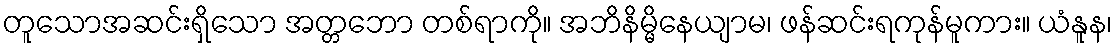
တူသောအဆင်းရှိသော အတ္တဘော တစ်ရာကို။ အဘိနိမ္မိနေယျာမ၊ ဖန်ဆင်းရကုန်မူကား။ ယံနူန၊